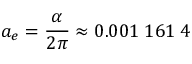
a _ { e } = { \frac { \alpha } { 2 \pi } } \approx 0 . 0 0 1 \; 1 6 1 \; 4